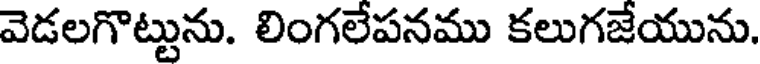
వెడలగొట్టును. లింగలేపనము కలుగజేయును.